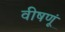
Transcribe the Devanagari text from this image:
वीषणूं